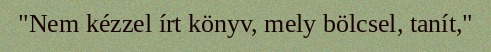
"Nem kézzel írt könyv, mely bölcsel, tanít,"